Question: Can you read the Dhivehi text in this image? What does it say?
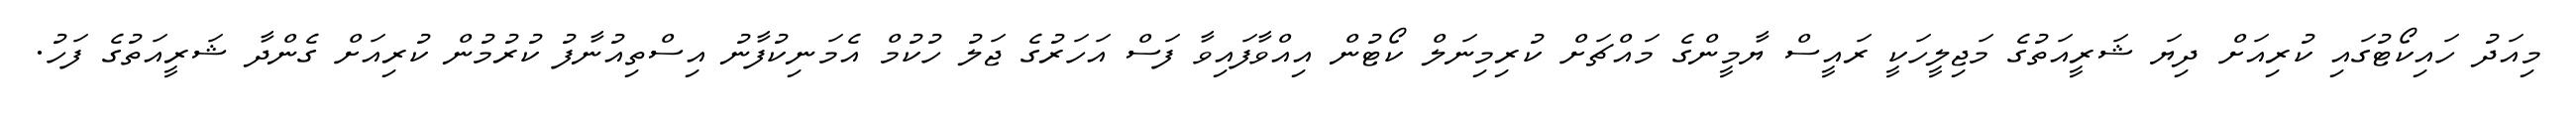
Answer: މިއަދު ހައިކޯޓުގައި ކުރިއަށް ދިޔަ ޝަރީއަތުގެ މަޖިލީހަކީ ރައީސް ޔާމީންގެ މައްޗަށް ކުރިމިނަލް ކޯޓުން އިއްވާފައިވާ ފަސް އަހަރުގެ ޖަލު ހުކުމް އެމަނިކުފާނު އިސްތިއުނާފު ކުރުމުން ކުރިއަށް ގެންދާ ޝަރީއަތުގެ ފަހު.